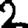
Digit: 2